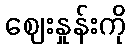
ဈေးနှုန်းကို